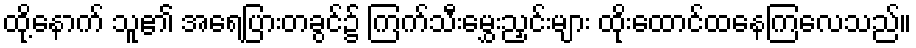
ထို့နောက် သူ၏ အရေပြားတခွင်၌ ကြက်သီးမွှေးညှင်းများ ထိုးထောင်ထနေကြလေသည်။